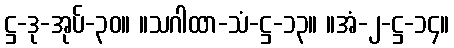
ဋ္ဌ-ဒု-အုပ်-၃၀။ ။သဂါထာ-သံ-ဋ္ဌ-၁၃။ ။အံ-၂-ဋ္ဌ-၁၄။